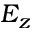
E _ { z }